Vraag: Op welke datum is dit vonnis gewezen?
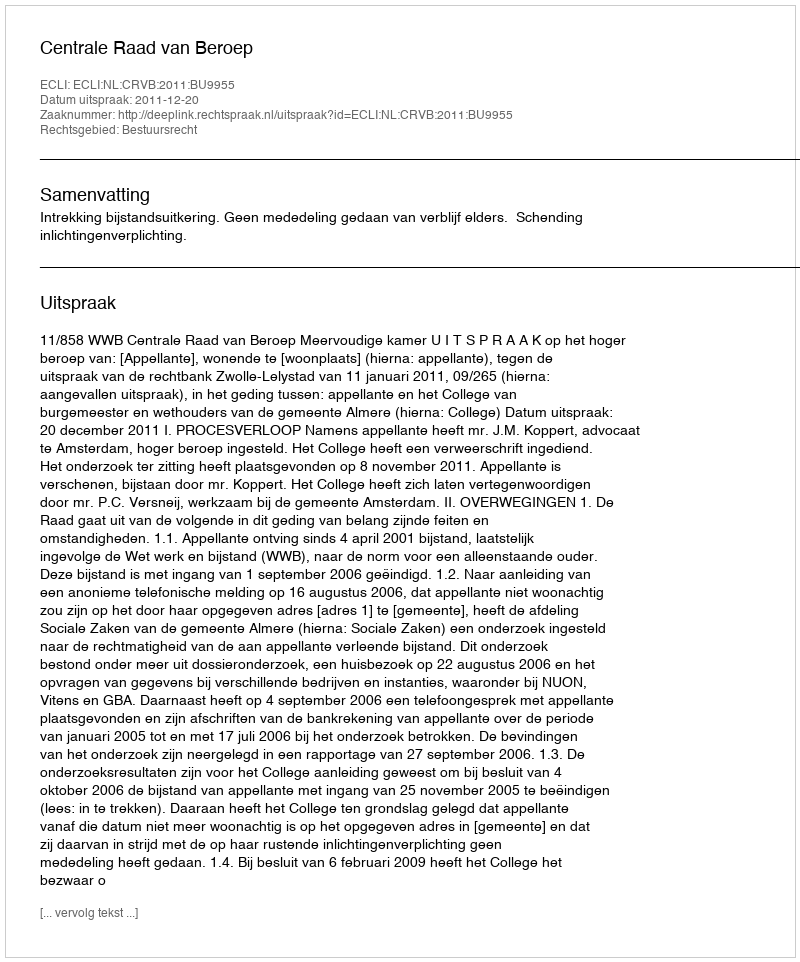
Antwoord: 2011-12-20